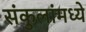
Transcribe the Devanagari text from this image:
संकुलांमध्ये